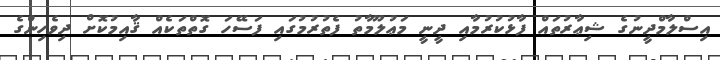
އިސްލާމްދީނުގެ ޝިޢާރުތައް ފާޅުކުރުމާއި ދީނީ މަޢުލޫމާތު ފެތުރުމުގައި ފަސޭހަ ގޮތްތަކެއް ޤާއިމުކޮށް ދިވެހިންގެ